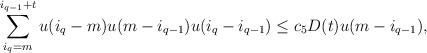
LaTeX: \begin{align*}\sum_{i_q=m}^{i_{q-1}+t} u(i_{q}-m) u(m-i_{q-1}) u(i_q-i_{q-1}) \leq c_5 D(t) u(m-{i_{q-1}}),\end{align*}